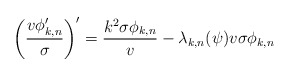
\begin{align*}\bigg( \frac{v \phi_{k,n}'}{\sigma} \bigg)' = \frac{k^2 \sigma \phi_{k,n}}{v} - \lambda_{k,n}(\psi) v \sigma \phi_{k,n}\end{align*}